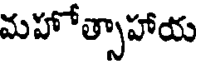
మహోత్సాహాయ